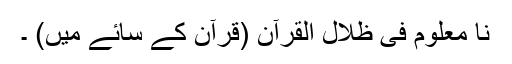
نا معلوم فی ظلال القرآن (قرآن کے سائے میں) ۔